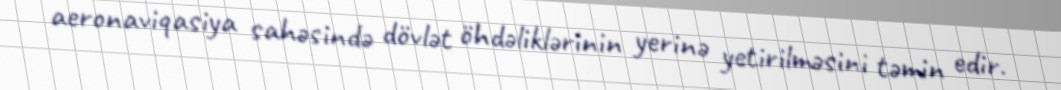
aeronaviqasiya sahəsində dövlət öhdəliklərinin yerinə yetirilməsini təmin edir.